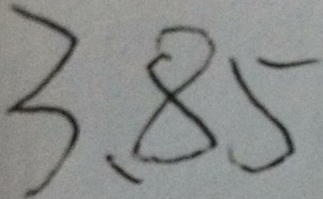
3 、 8 5